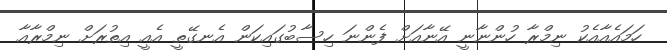
ހަމައެއާއެކު ނިމްރާ ހުންނާނީ އޭނާއަށް ފެންނަ ހިސާބުގައިކަން އެނގޭތީ އެއީ އިތުރަށް ނިމްރާއާ